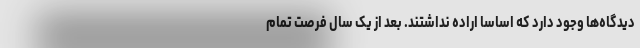
دیدگاه‌ها وجود دارد که اساسا اراده نداشتند. بعد از یک سال فرصت تمام